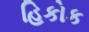
હિકોક